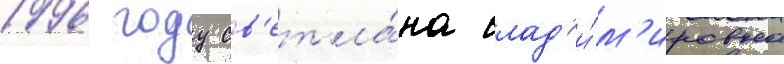
1996 году св'етла́на влад'и́м'ировна